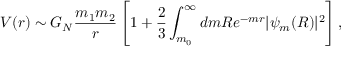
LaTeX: V ( r ) \sim G _ { N } \frac { m _ { 1 } m _ { 2 } } { r } \left[ 1 + \frac { 2 } { 3 } \int _ { m _ { 0 } } ^ { \infty } d m R e ^ { - m r } | \psi _ { m } ( R ) | ^ { 2 } \right] ,